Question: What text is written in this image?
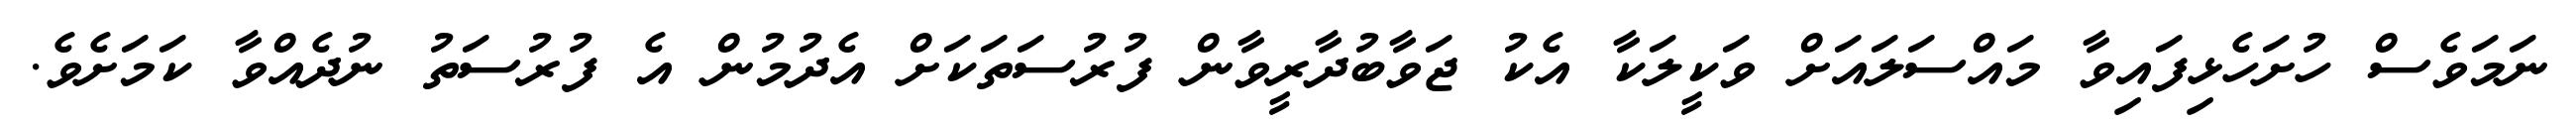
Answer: ނަމަވެސް ހުށަހެޅިފައިވާ މައްސަލައަށް ވަކީލަކާ އެކު ޖަވާބުދާރީވާން ފުރުސަތަކަށް އެދުމުން އެ ފުރުސަތު ނުދެއްވާ ކަމަށެވެ.